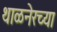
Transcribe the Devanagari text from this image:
थाळनेरच्या